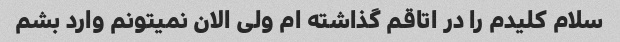
سلام کلیدم را در اتاقم گذاشته ام ولی الان نمیتونم وارد بشم